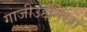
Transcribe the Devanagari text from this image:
गाजीउद्दीनखां